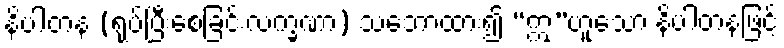
နိပါတန (ရုပ်ပြီးစေခြင်းလက္ခဏာ) သဘောထား၍ “ဣ”ဟူသော နိပါတနဖြင့်